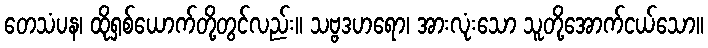
တေသံပန၊ ထိုရှစ်ယောက်တို့တွင်လည်း။ သဗ္ဗဒဟရော၊ အားလုံးသော သူတို့အောက်ငယ်သော။